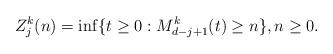
LaTeX: \begin{align*}Z^k_j(n) = \inf\{t \geq 0: M_{d-j+1}^k(t) \geq n \}, n \geq 0.\end{align*}